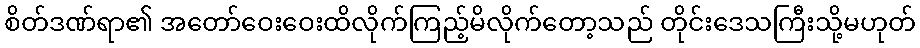
စိတ်ဒဏ်ရာ၏ အတော်ဝေးဝေးထိလိုက်ကြည့်မိလိုက်တော့သည် တိုင်းဒေသကြီးသို့မဟုတ်